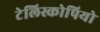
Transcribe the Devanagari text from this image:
टेलिस्कोपियो